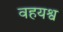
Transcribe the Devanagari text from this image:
वहयश्व